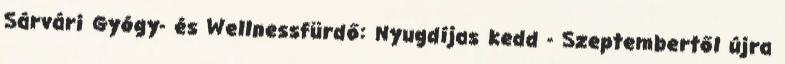
Sárvári Gyógy- és Wellnessfürdő: Nyugdíjas kedd - Szeptembertől újra